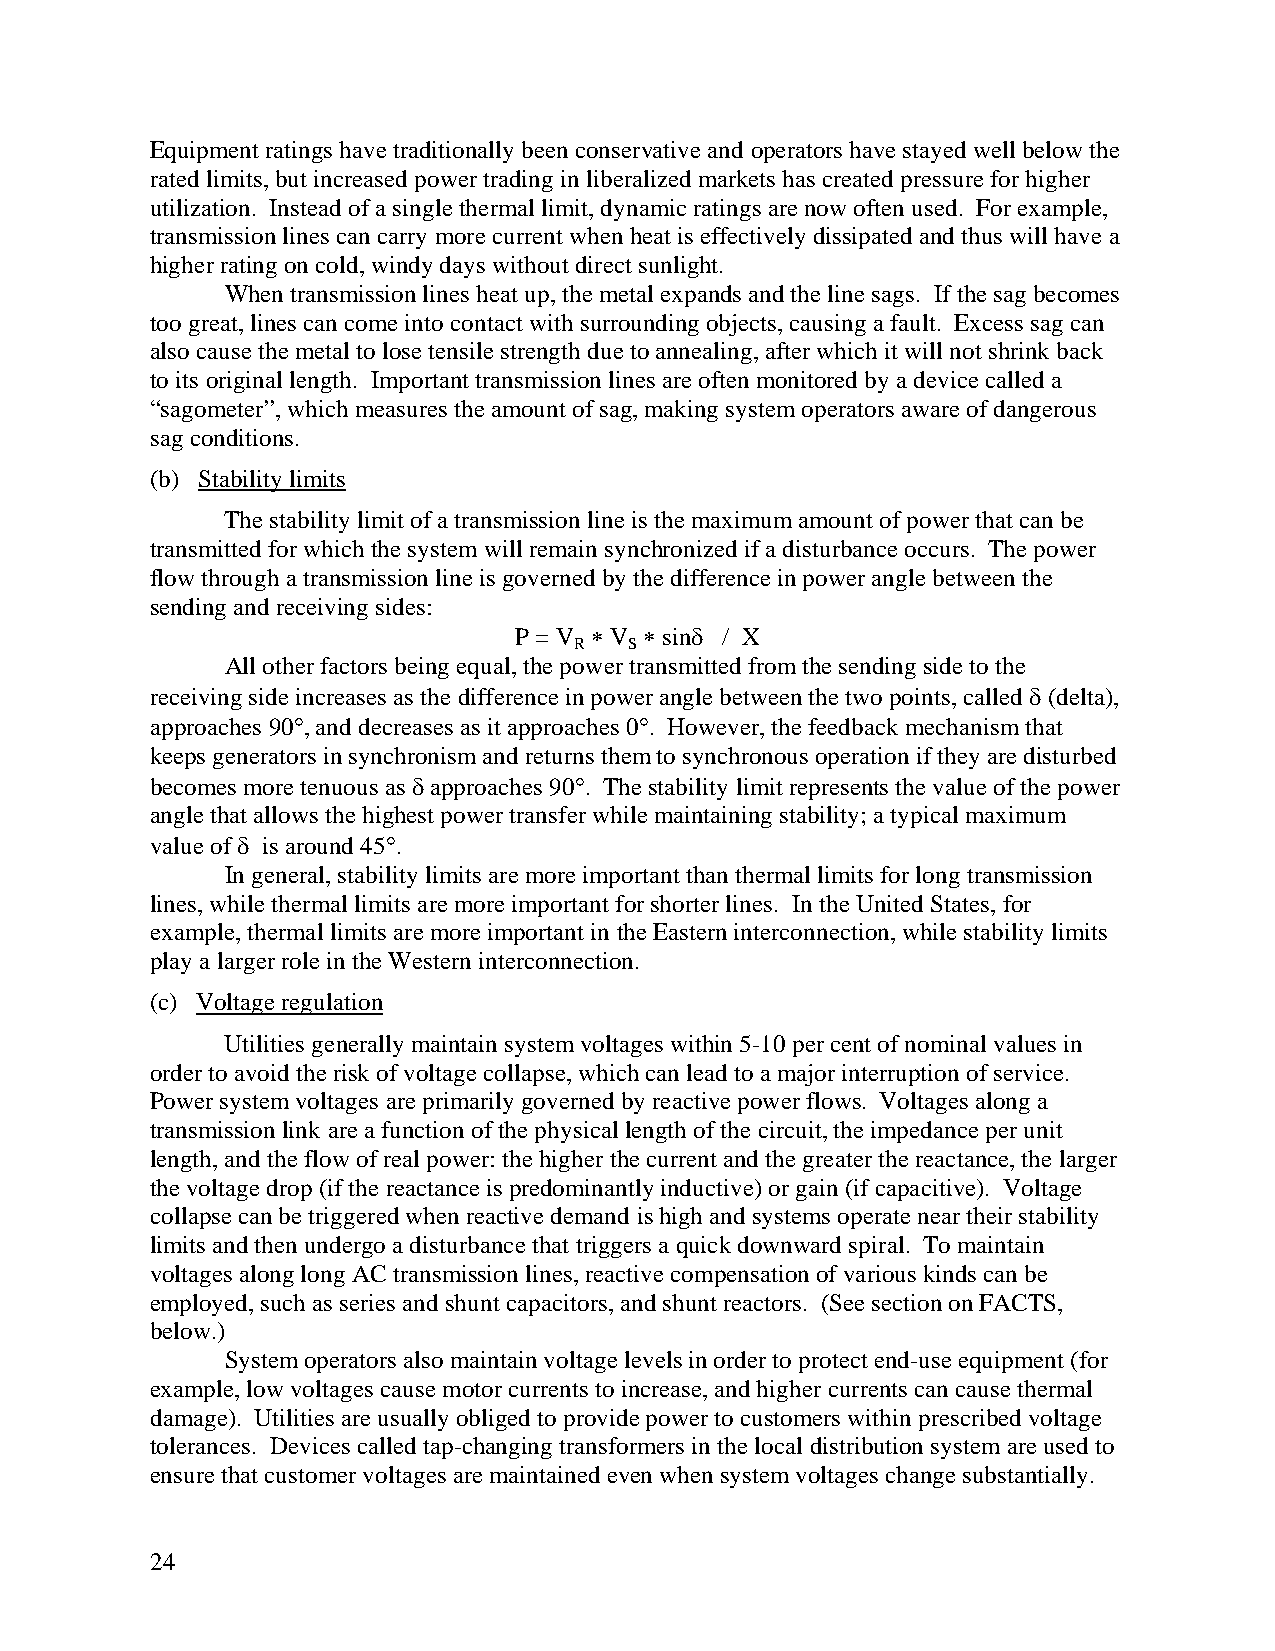
Equipment ratings have traditionally been conservative and operators have stayed well below the
 rated limits, but increased power trading in liberalized markets has created pressure for higher
 utilization. Instead of a single thermal limit, dynamic ratings are now often used. For example,
 transmission lines can carry more current when heat is effectively dissipated and thus will have a
 higher rating on cold, windy days without direct sunlight.
 When transmission lines heat up, the metal expands and the line sags. If the sag becomes
 too great, lines can come into contact with surrounding objects, causing a fault. Excess sag can
 also cause the metal to lose tensile strength due to annealing, after which it will not shrink back
 to its original length. Important transmission lines are often monitored by a device called a
 “sagometer”, which measures the amount of sag, making system operators aware of dangerous
 sag conditions.
 (b) Stability limits
 The stability limit of a transmission line is the maximum amount of power that can be
 transmitted for which the system will remain synchronized if a disturbance occurs. The power
 flow through a transmission line is governed by the difference in power angle between the
 sending and receiving sides:
 P = V ∗ V ∗ sinδ / X
 R   S
 All other factors being equal, the power transmitted from the sending side to the
 receiving side increases as the difference in power angle between the two points, called δ (delta),
 approaches 90°, and decreases as it approaches 0°. However, the feedback mechanism that
 keeps generators in synchronism and returns them to synchronous operation if they are disturbed
 becomes more tenuous as δ approaches 90°. The stability limit represents the value of the power
 angle that allows the highest power transfer while maintaining stability; a typical maximum
 value of δ is around 45°.
 In general, stability limits are more important than thermal limits for long transmission
 lines, while thermal limits are more important for shorter lines. In the United States, for
 example, thermal limits are more important in the Eastern interconnection, while stability limits
 play a larger role in the Western interconnection.
 (c) Voltage regulation
 Utilities generally maintain system voltages within 5-10 per cent of nominal values in
 order to avoid the risk of voltage collapse, which can lead to a major interruption of service.
 Power system voltages are primarily governed by reactive power flows. Voltages along a
 transmission link are a function of the physical length of the circuit, the impedance per unit
 length, and the flow of real power: the higher the current and the greater the reactance, the larger
 the voltage drop (if the reactance is predominantly inductive) or gain (if capacitive). Voltage
 collapse can be triggered when reactive demand is high and systems operate near their stability
 limits and then undergo a disturbance that triggers a quick downward spiral. To maintain
 voltages along long AC transmission lines, reactive compensation of various kinds can be
 employed, such as series and shunt capacitors, and shunt reactors. (See section on FACTS,
 below.)
 System operators also maintain voltage levels in order to protect end-use equipment (for
 example, low voltages cause motor currents to increase, and higher currents can cause thermal
 damage). Utilities are usually obliged to provide power to customers within prescribed voltage
 tolerances. Devices called tap-changing transformers in the local distribution system are used to
 ensure that customer voltages are maintained even when system voltages change substantially.
 24